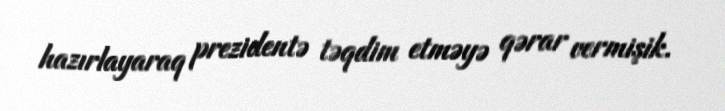
hazırlayaraq prezidentə təqdim etməyə qərar vermişik.